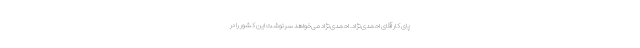
پای کار آقای احمدی‌نژاد. احمدی‌نژاد می‌خواهد سرنوشت این کشور را در